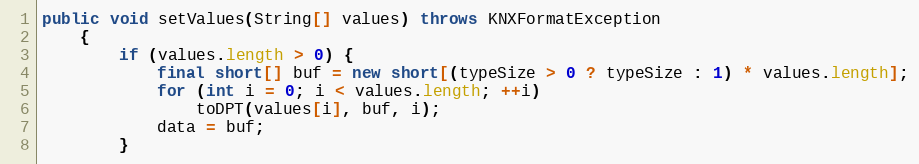
Language: Java
public void setValues(String[] values) throws KNXFormatException
	{
		if (values.length > 0) {
			final short[] buf = new short[(typeSize > 0 ? typeSize : 1) * values.length];
			for (int i = 0; i < values.length; ++i)
				toDPT(values[i], buf, i);
			data = buf;
		}